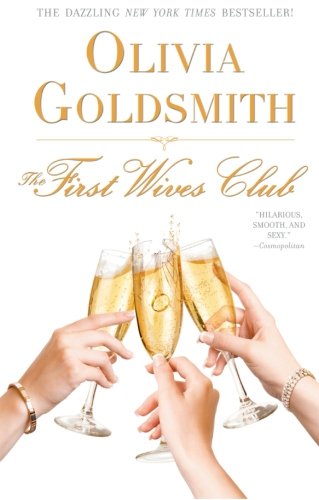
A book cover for The First Wives Club; Olivia Goldsmith; Literature & Fiction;